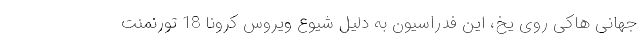
جهانی هاکی روی یخ، این فدراسیون به دلیل شیوع ویروس کرونا 18 تورنمنت